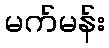
မက်မန်း